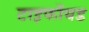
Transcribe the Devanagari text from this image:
टाइफॉयड